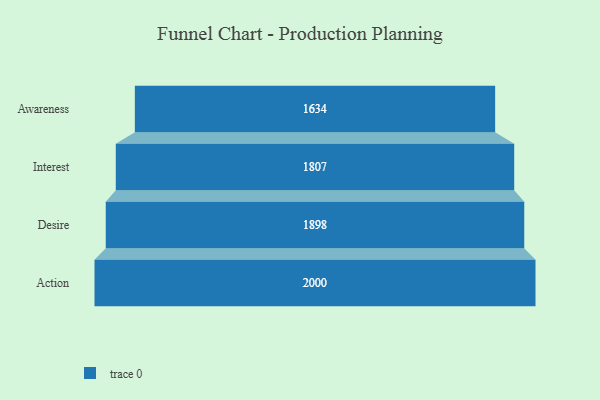
{"axis": {"x": "Stage", "y": "Value"}, "legend": [""], "data": [{"x": "Awareness", "y": 1634.0, "type": ""}, {"x": "Interest", "y": 1807.0, "type": ""}, {"x": "Desire", "y": 1898.0, "type": ""}, {"x": "Action", "y": 2000, "type": ""}]}